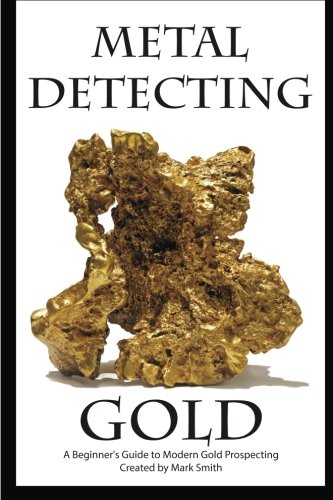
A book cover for Metal Detecting Gold: A Beginner's Guide to Modern Gold Prospecting; Mark D Smith; Crafts, Hobbies & Home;